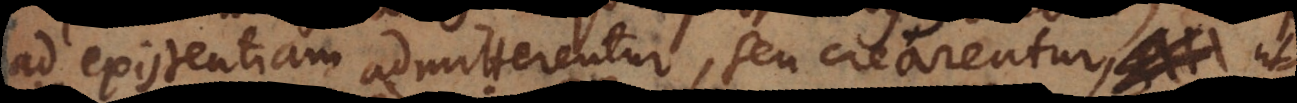
ad existentiam admitterentur, seu crearentur, ut